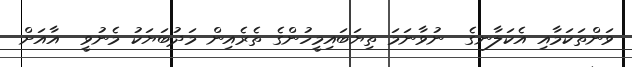
ވަންތަކަމާއި އެކަލާނގެ  ނުވާނަމަ ތިޔަބައިމީހުންގެ ތެރެއިން މަދުބަޔަކު މެނުވީ  އާއަށް